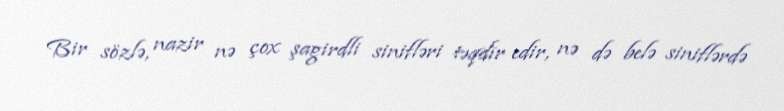
Bir sözlə, nazir nə çox şagirdli sinifləri təqdir edir, nə də belə siniflərdə